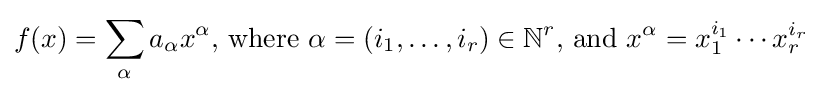
f(x)=\sum _{\alpha }a_{\alpha }x^{\alpha }{\text{, where }}\alpha =(i_{1},\dots ,i_{r})\in \mathbb {N} ^{r}{\text{, and }}x^{\alpha }=x_{1}^{i_{1}}\cdots x_{r}^{i_{r}}